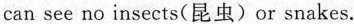
can see no insects(昆虫)or snakes.